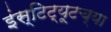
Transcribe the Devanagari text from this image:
इंस्टिट्यूटच्या